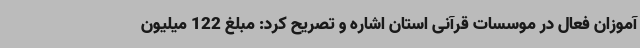
آموزان فعال در موسسات قرآنی استان اشاره و تصریح کرد: مبلغ 122 میلیون